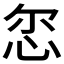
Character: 𢘞